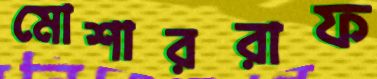
মোশাররাফ